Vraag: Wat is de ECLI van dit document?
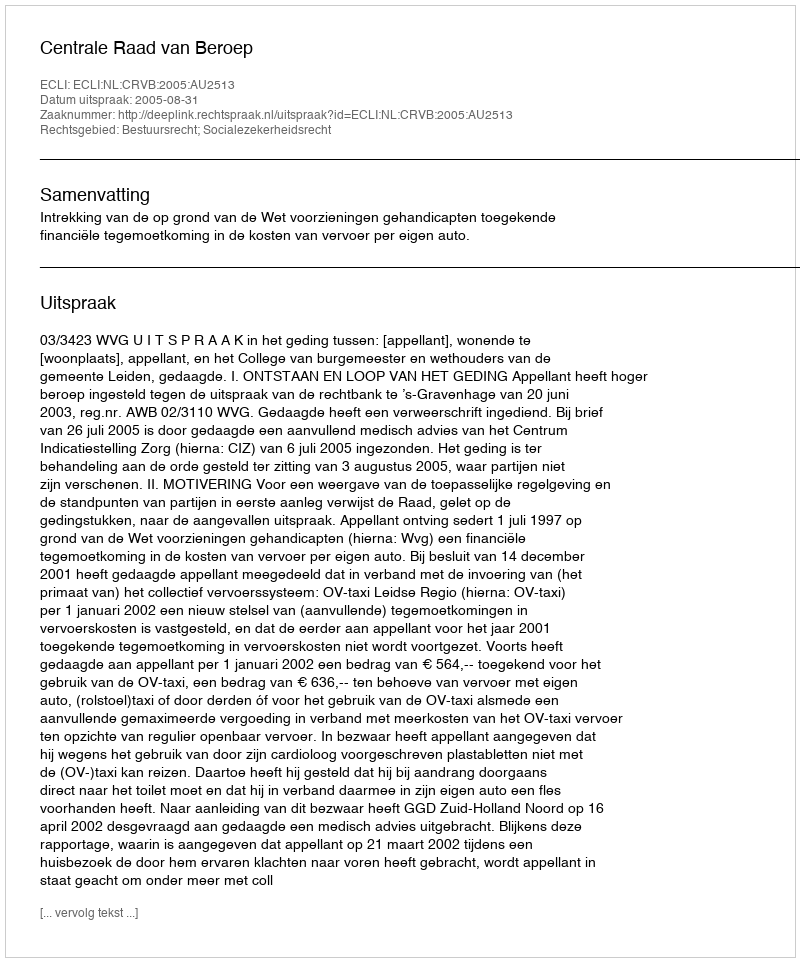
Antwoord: ECLI:NL:CRVB:2005:AU2513